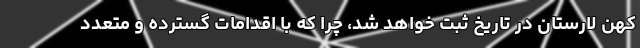
کهن لارستان در تاریخ ثبت خواهد شد، چرا که با اقدامات گسترده و متعدد